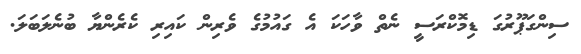
ސިންގަޕޫރުގަ ޑިމޮކްރަސީ ނެތް ވާހަކަ އެ ގައުމުގެ ވެރިން ކައިރި ކެރެންޔާ ބުނެލަބަލަ.